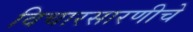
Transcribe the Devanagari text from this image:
विचारसारणीचे